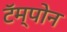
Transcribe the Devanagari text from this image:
टॅम्पोन